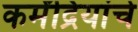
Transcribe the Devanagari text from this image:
कर्मेंद्रियांचे